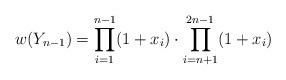
LaTeX: \begin{align*} w(Y_{n-1})=\prod_{i=1}^{n-1} (1+x_i)\cdot\prod_{i=n+1}^{2n-1} (1+ x_i)\end{align*}